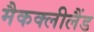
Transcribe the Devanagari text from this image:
मैकक्लीलैंड